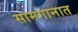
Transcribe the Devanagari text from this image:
सामगानात